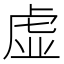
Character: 虚